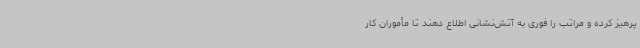
پرهیز کرده و مراتب را فوری به آتش‌نشانی اطلاع دهند تا مأموران کار